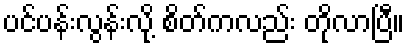
ပင်ပန်းလွန်းလို့ စိတ်ကလည်း တိုလာပြီ။